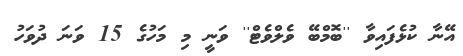
އޭނާ ކުޅެފައިވާ ''ބޮމްބޭ ވެލްވެޓް'' ވަނީ މި މަހުގެ 15 ވަނަ ދުވަހު